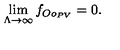
\lim _ { \Lambda \to \infty } f _ { O o _ { P V } } = 0 .